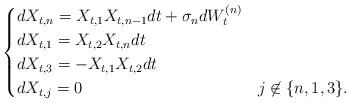
LaTeX: \begin{align*} \begin{cases}dX_{t,n} = X_{t,1}X_{t,n-1}dt + \sigma_n dW_t^{(n)} \\ dX_{t,1} = X_{t,2}X_{t,n}dt \\ dX_{t,3} = -X_{t,1}X_{t,2}dt \\ dX_{t,j} = 0 & j \not \in \{n,1,3\}.\end{cases}\end{align*}